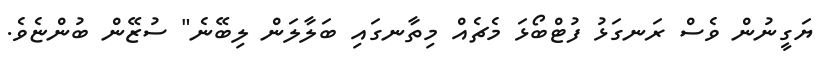
ޔަގީނުން ވެސް ރަނގަޅު ފުޓްބޯޅަ މެޗެއް މިތާނގައި ބަލާލަން ލިބޭނެ" ސުޒޭން ބުންޏެވެ.